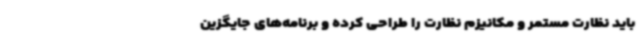
باید نظارت مستمر و مکانیزم نظارت را طراحی کرده و برنامه‌های جایگزین